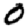
Digit: 0